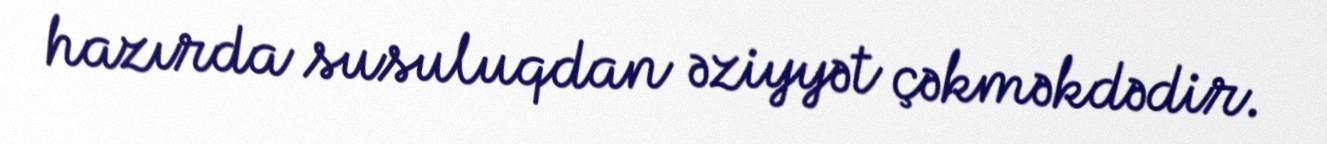
hazırda susuluqdan əziyyət çəkməkdədir.